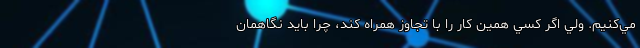
مي‌كنيم. ولي اگر كسي همين كار را با تجاوز همراه كند، چرا بايد نگاهمان